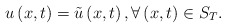
\begin{align*} u\left( x,t\right) = \tilde u \left( x,t\right) ,\forall \left( x,t\right) \in S_T. \end{align*}